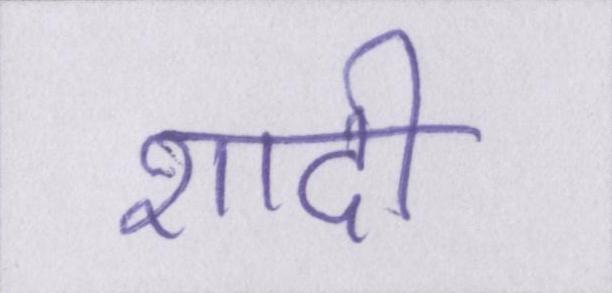
शादी